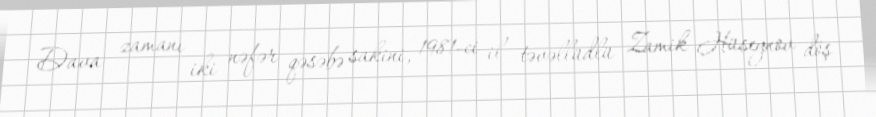
Dava zamanı iki nəfər qəsəbə sakini, 1981-ci il təvəllüdlü Zamik Hüseynov döş